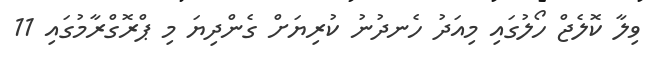
ވިލާ ކޮލެޖް ހޯލުގައި މިއަދު ހެނދުނު ކުރިޔަށް ގެންދިޔަ މި ޕްރޮގްރާމުގައި 11